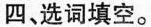
四，选词填空。